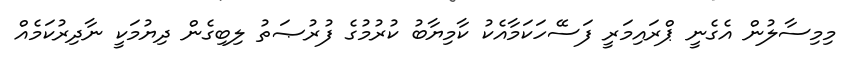
މިމިސާލުން އެގެނީ ޕްރައިމަރީ ފަސޭހަކަމާއެކު ކާމިޔާބު ކުރުމުގެ ފުރުޞަތު ލިބިގެން ދިޔުމަކީ ނާދިރުކަމެއް